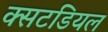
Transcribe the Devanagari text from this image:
क्सटडियल